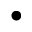
\bullet